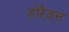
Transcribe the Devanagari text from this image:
होरैज़न